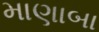
માણાબા